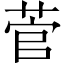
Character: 菅